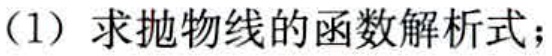
（1）求抛物线的函数解析式；